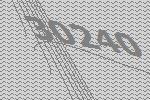
30240